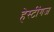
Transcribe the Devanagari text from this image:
हेस्टींगज